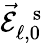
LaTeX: \vec{\mathcal{E}}_{\ell,0}^{\mathrm{~\, ~s~}}